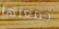
جمعتها